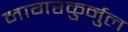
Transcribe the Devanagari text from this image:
नागरकुर्नुल